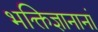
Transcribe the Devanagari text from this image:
भक्तिज्ञानानां